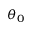
\theta _ { 0 }